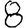
Digit: 8